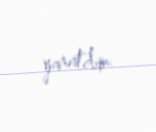
yaratdım.